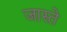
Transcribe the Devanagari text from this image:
जास्ते